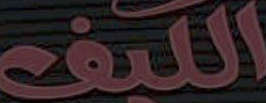
الكيف